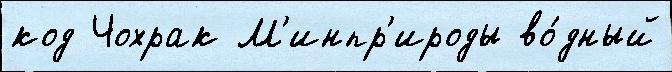
код Чохрак М'инпр'ироды во́дный